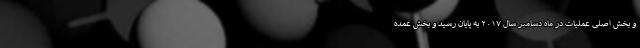
و بخش اصلی عملیات در ماه دسامبر سال ۲۰۱۷ به پایان رسید و بخش عمده